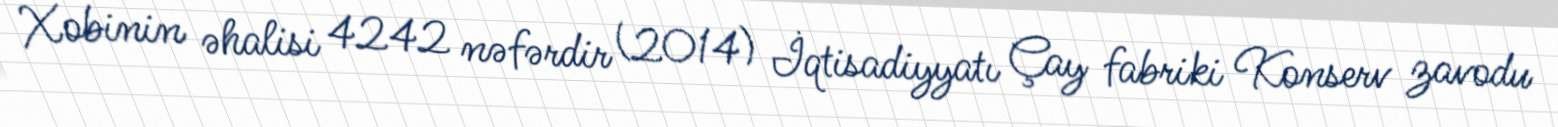
Xobinin əhalisi 4242 nəfərdir (2014) İqtisadiyyatı Çay fabriki Konserv zavodu